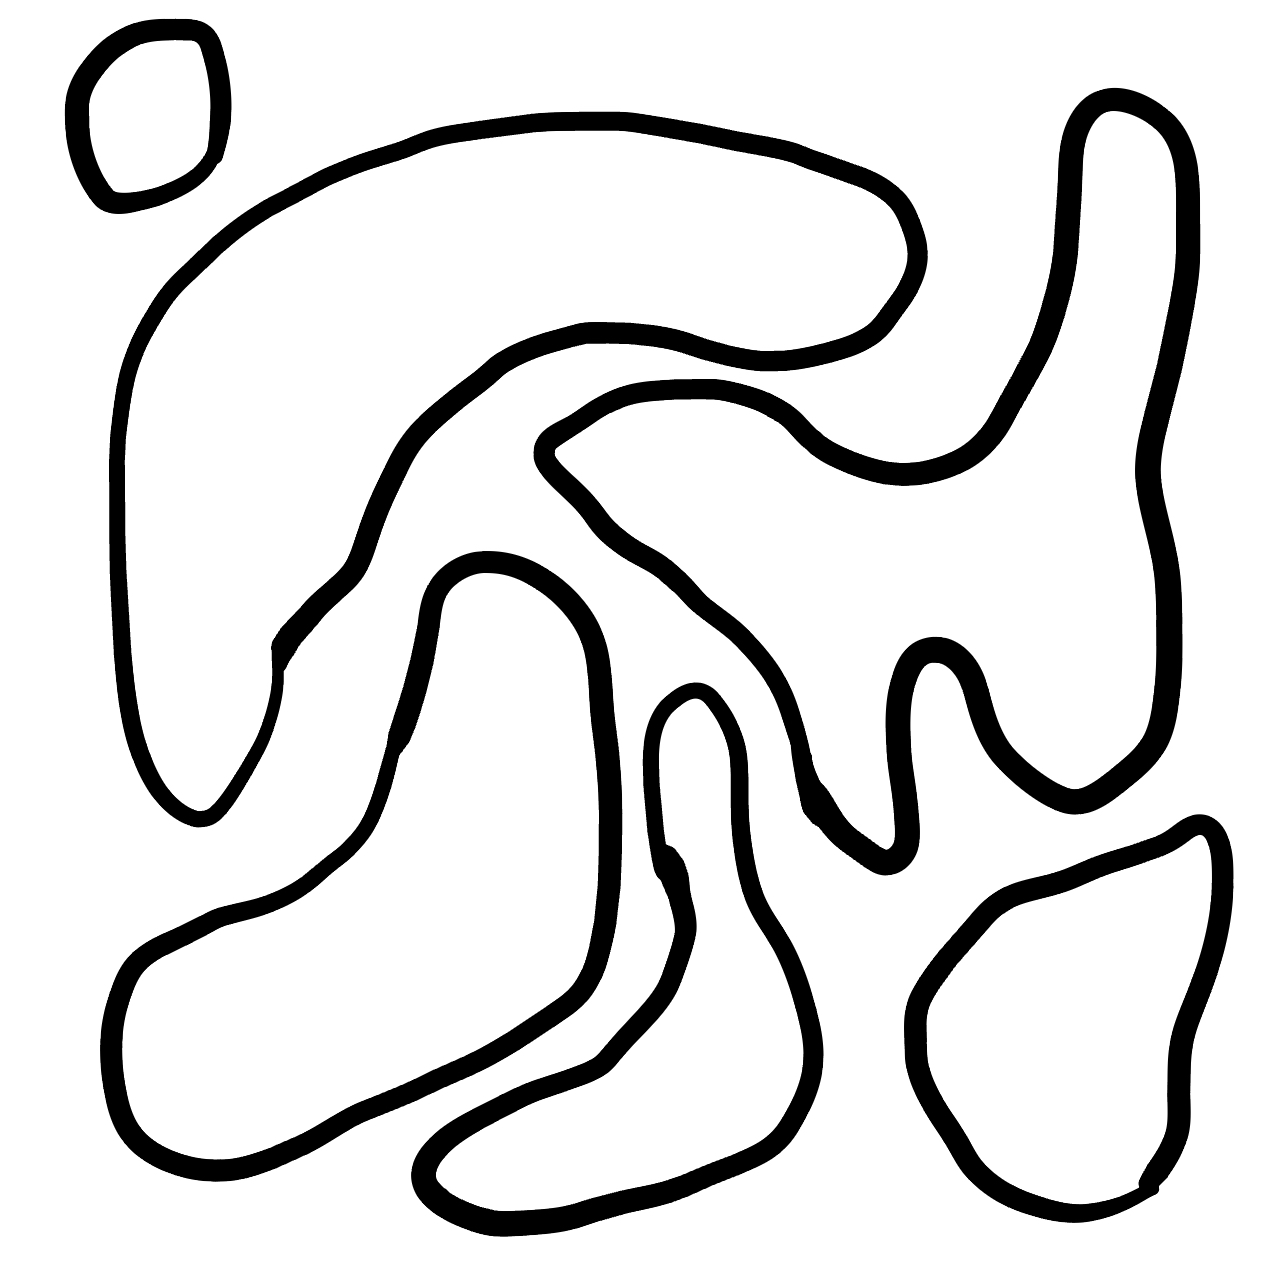
Number of regions (including the outer root region): 7
Containment tree edges (parent, child): 0, 1, 0, 2, 0, 3, 0, 4, 0, 5, 0, 6